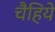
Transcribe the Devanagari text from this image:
चैहिये